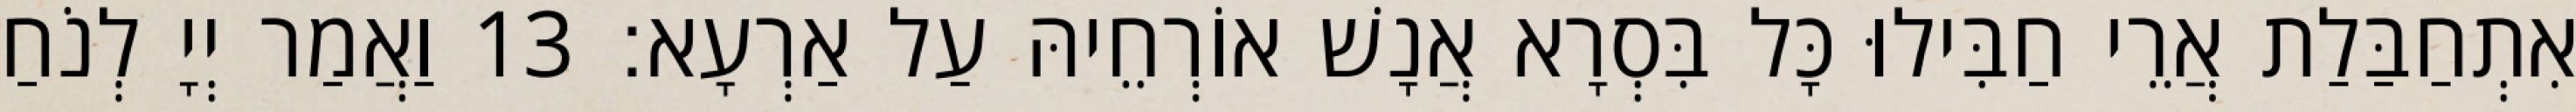
אִתְחַבַּלַת אֲרֵי חַבִּילוּ כָּל בִּסְרָא אֲנָשׁ אוֹרְחֵיהּ עַל אַרְעָא׃ 13 וַאֲמַר יְיָ לְנֹחַ